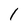
Character: 1